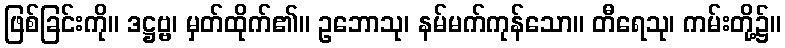
ဖြစ်ခြင်းကို။ ဒဋ္ဌဗ္ဗ၊ မှတ်ထိုက်၏။ ဥဘောသု၊ နမ်မက်ကုန်သော။ တီရေသု၊ ကမ်းတို့၌။